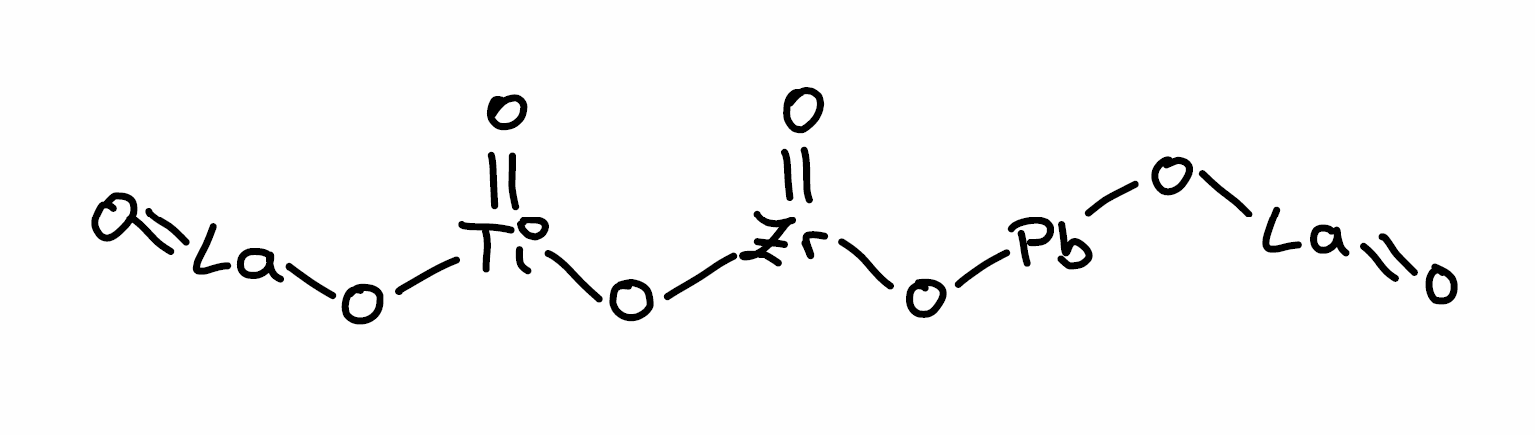
Simplified molecular-input line-entry system (SMILES) notation of the given molecule:
O=[Ti](O[Zr](=O)O[Pb]O[La]=O)O[La]=O